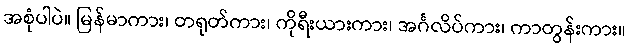
အစုံပါပဲ။ မြန်မာကား၊ တရုတ်ကား၊ ကိုရီးယားကား၊ အင်္ဂလိပ်ကား၊ ကာတွန်းကား။